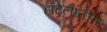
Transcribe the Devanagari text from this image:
हॉटेलातील